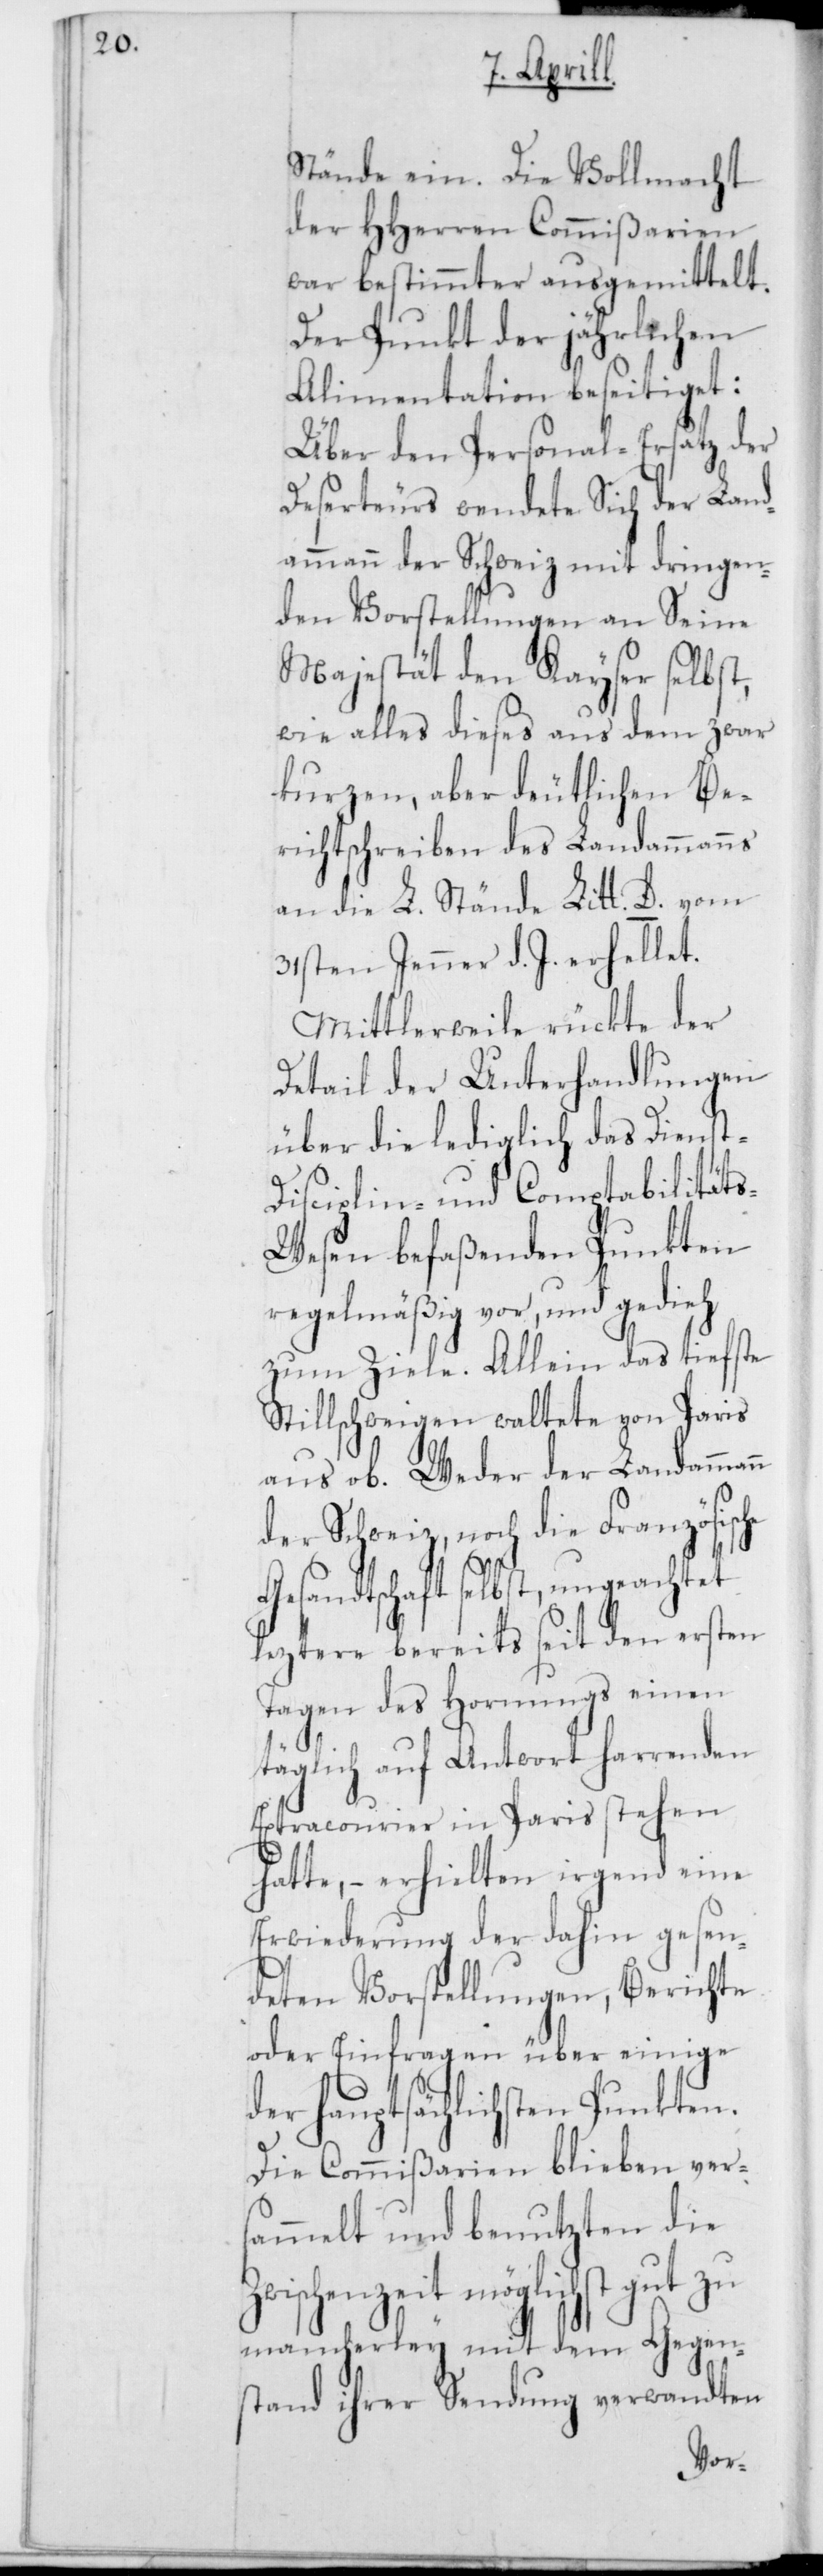
Stände ein. Die Vollmacht
der HHerren Commißarien
war bestimmter ausgemittelt.
Der Punkt der jährlichen
Alimentation beseitiget.
Über den Personal-Ersatz der
Deserteurs wendete Sich der Land¬
ammann der Schweiz mit dringen¬
den Vorstellungen an Seine
Majestät den Kayser selbst,
wie alles dieses aus dem zwar
kurzen, aber deutlichen Be¬
richtschreiben des Landammanns
an die L. Stände Litt. D. vom
31sten Jenner d. J. erhellet.
Mittlerweile rückte der
Detail der Unterhandlungen
über die lediglich das Dienst-,
Disciplin- und Comptabilität¬
s-Wesen befaßenden Punkten
regelmäßig vor, und gedieh
zum Ziele. Allein das tiefste
Stillschweigen waltete von Paris
aus ob. Weder der Landammann
der Schweiz, noch die Französische
Gesandtschaft selbst, ungeachtet
leztere bereits seit den ersten
Tagen des Hornungs einen
täglich auf Antwort harrenden
Extracourier in Paris stehen
hatte, – erhielten irgend eine
Erwiderung der dahin gesen¬
deten Vorstellungen, Berichte
oder Einfragen über einige
der hauptsächlichsten Punkten.
Die Commißarien blieben ver¬
sammelt und benutzten die
Zwischenzeit möglichst gut zu
mancherley mit dem Gegen¬
stand ihrer Sendung verwandten